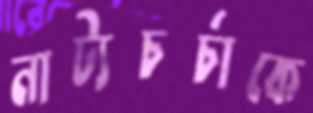
নাট্যচর্চাকে